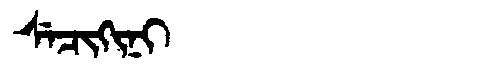
Manchu: ᠰᡝᠴᡳᡴᡳᠨᡳ
Romanization: SECIKINI